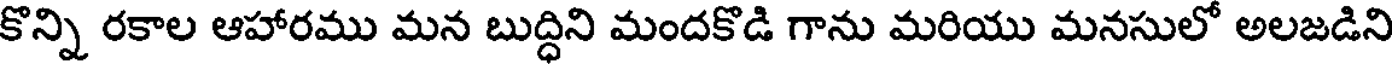
కొన్ని రకాల ఆహారము మన బుద్ధిని మందకొడి గాను మరియు మనసులో అలజడిని